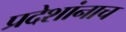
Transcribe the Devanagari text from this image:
प्रदेशांनाच